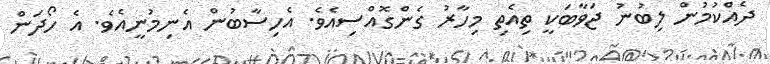
ދެއްކުމުން ލިބުނު ޖަވާބަކީ ތިއެތި މިހާރު ގެންގޮއްސިއެވެ. އެހިސާބުން އެނިމުނީއެވެ. އެ ހޯދަން